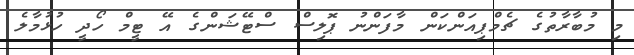
މި މުބާރާތުގެ ޗެމްޕިއަންކަން މާފަންނު ޕޮލިސް ސްޓޭޝަންގެ އޭ ޓީމް ހޯދީ ހުޅުމާލެ